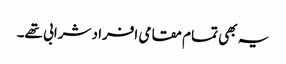
یہ بھی تمام مقامی افراد شرابی تھے۔